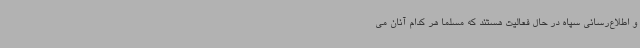
و اطلاع‌رسانی سپاه در حال فعالیت هستند که مسلماً هر کدام آنان می‌